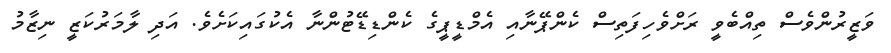
ވަޒީރުންވެސް ތިއްބެވީ ރަށްވެހިފަތިސް ކެންޕޭނާއި އެމްޑީޕީގެ ކެންޑިޑޭޓުންނާ އެކުގައިކަށެވެ. އަދި ލާމަރުކަޒީ ނިޒާމު